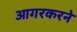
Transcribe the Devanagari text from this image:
आगरकरने